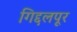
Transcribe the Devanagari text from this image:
गिद्दलपूर